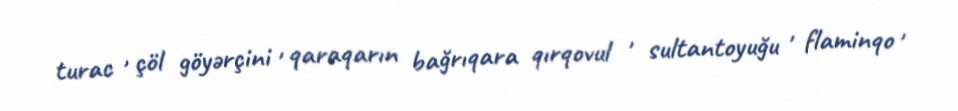
turac , çöl göyərçini , qaraqarın bağrıqara qırqovul , sultantoyuğu , flaminqo ,